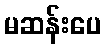
မဆန်းပေ